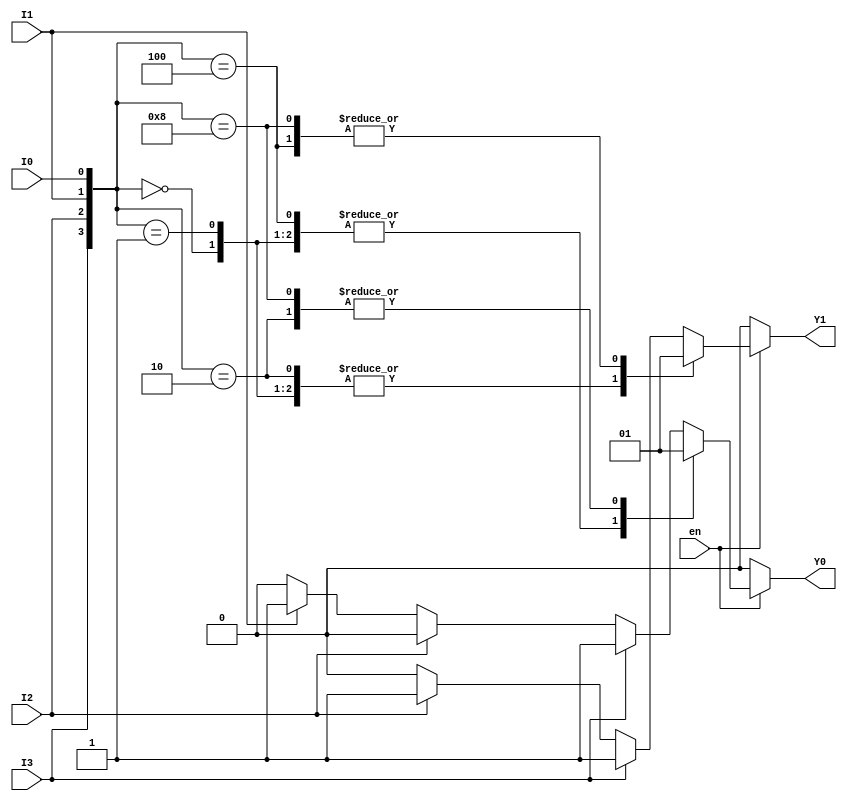
module Encoder4to2 (
    input wire I0,    // Input line 0
    input wire I1,    // Input line 1
    input wire I2,    // Input line 2
    input wire I3,    // Input line 3
    input wire en,    // Enable signal
    output reg Y0,    // Output line 0
    output reg Y1     // Output line 1
);

    always @(*) begin
        if (!en) begin
            // When enable is low, set output to defined state (00)
            Y0 = 1'b0;
            Y1 = 1'b0;
        end else begin
            // Priority encoding
            case ({I3, I2, I1, I0})
                4'b0000: begin
                    Y0 = 1'b0;
                    Y1 = 1'b0; // No active input
                end
                4'b0001: begin
                    Y0 = 1'b0;
                    Y1 = 1'b0; // Output: 00
                end
                4'b0010: begin
                    Y0 = 1'b1;
                    Y1 = 1'b0; // Output: 01
                end
                4'b0100: begin
                    Y0 = 1'b0;
                    Y1 = 1'b1; // Output: 10
                end
                4'b1000: begin
                    Y0 = 1'b1;
                    Y1 = 1'b1; // Output: 11
                end
                default: begin
                    // Handle cases with multiple inputs active (priority): I3 > I2 > I1 > I0
                    if (I3) begin
                        Y0 = 1'b1;
                        Y1 = 1'b1; // Output: 11
                    end else if (I2) begin
                        Y0 = 1'b0;
                        Y1 = 1'b1; // Output: 10
                    end else if (I1) begin
                        Y0 = 1'b1;
                        Y1 = 1'b0; // Output: 01
                    end else if (I0) begin
                        Y0 = 1'b0;
                        Y1 = 1'b0; // Output: 00
                    end else begin
                        Y0 = 1'b0;
                        Y1 = 1'b0; // Default case (not expected)
                    end
                end
            endcase
        end
    end

endmodule